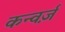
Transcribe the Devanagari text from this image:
कन्वर्ज़